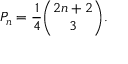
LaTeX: P _ { n } = { \frac { 1 } { 4 } } { \binom { 2 n + 2 } { 3 } } .